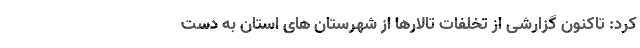
کرد: تاکنون گزارشی از تخلفات تالارها از شهرستان های استان به دست